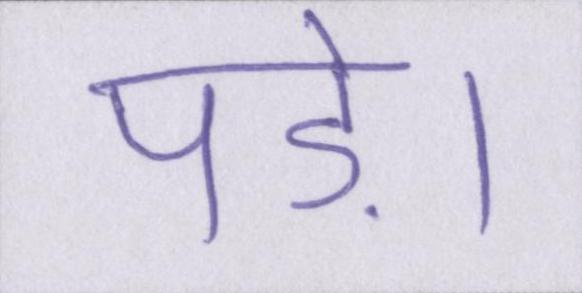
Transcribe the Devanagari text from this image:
पड़े।